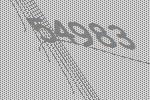
54983